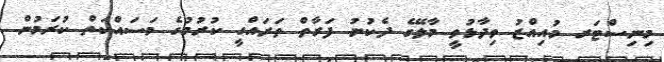
މިނިސްޓަރ މުއިއްޒު ވިދާޅުވީ މާލޭގެ ދެކުނު ފަރާތް ތަރައްގީ ކުރުމުގެ މަސައްކަތް ކުރަމުން